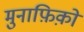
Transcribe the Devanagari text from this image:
मुनाफ़िक़ो